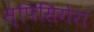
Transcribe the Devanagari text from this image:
स्पिसिगेरा